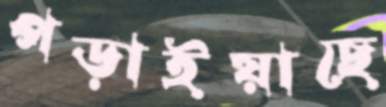
পড়াইয়াছে